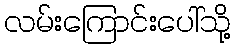
လမ်းကြောင်းပေါ်သို့